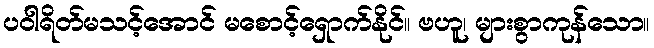
ပဝါရိတ်မသင့်အောင် မစောင့်ရှောက်နိုင်။ ဗဟူ၊ များစွာကုန်သော။